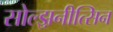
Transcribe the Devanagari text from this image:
सोल्झ़नीत्सिन